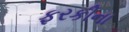
ફરકીના